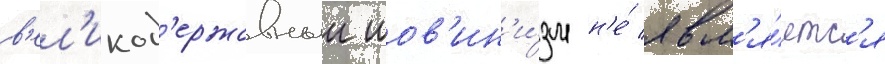
в'ел'икод'ержавныи шов'ин'и́зм н'е́ явл'я́етс'я